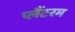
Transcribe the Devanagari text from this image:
प्लैंटरम